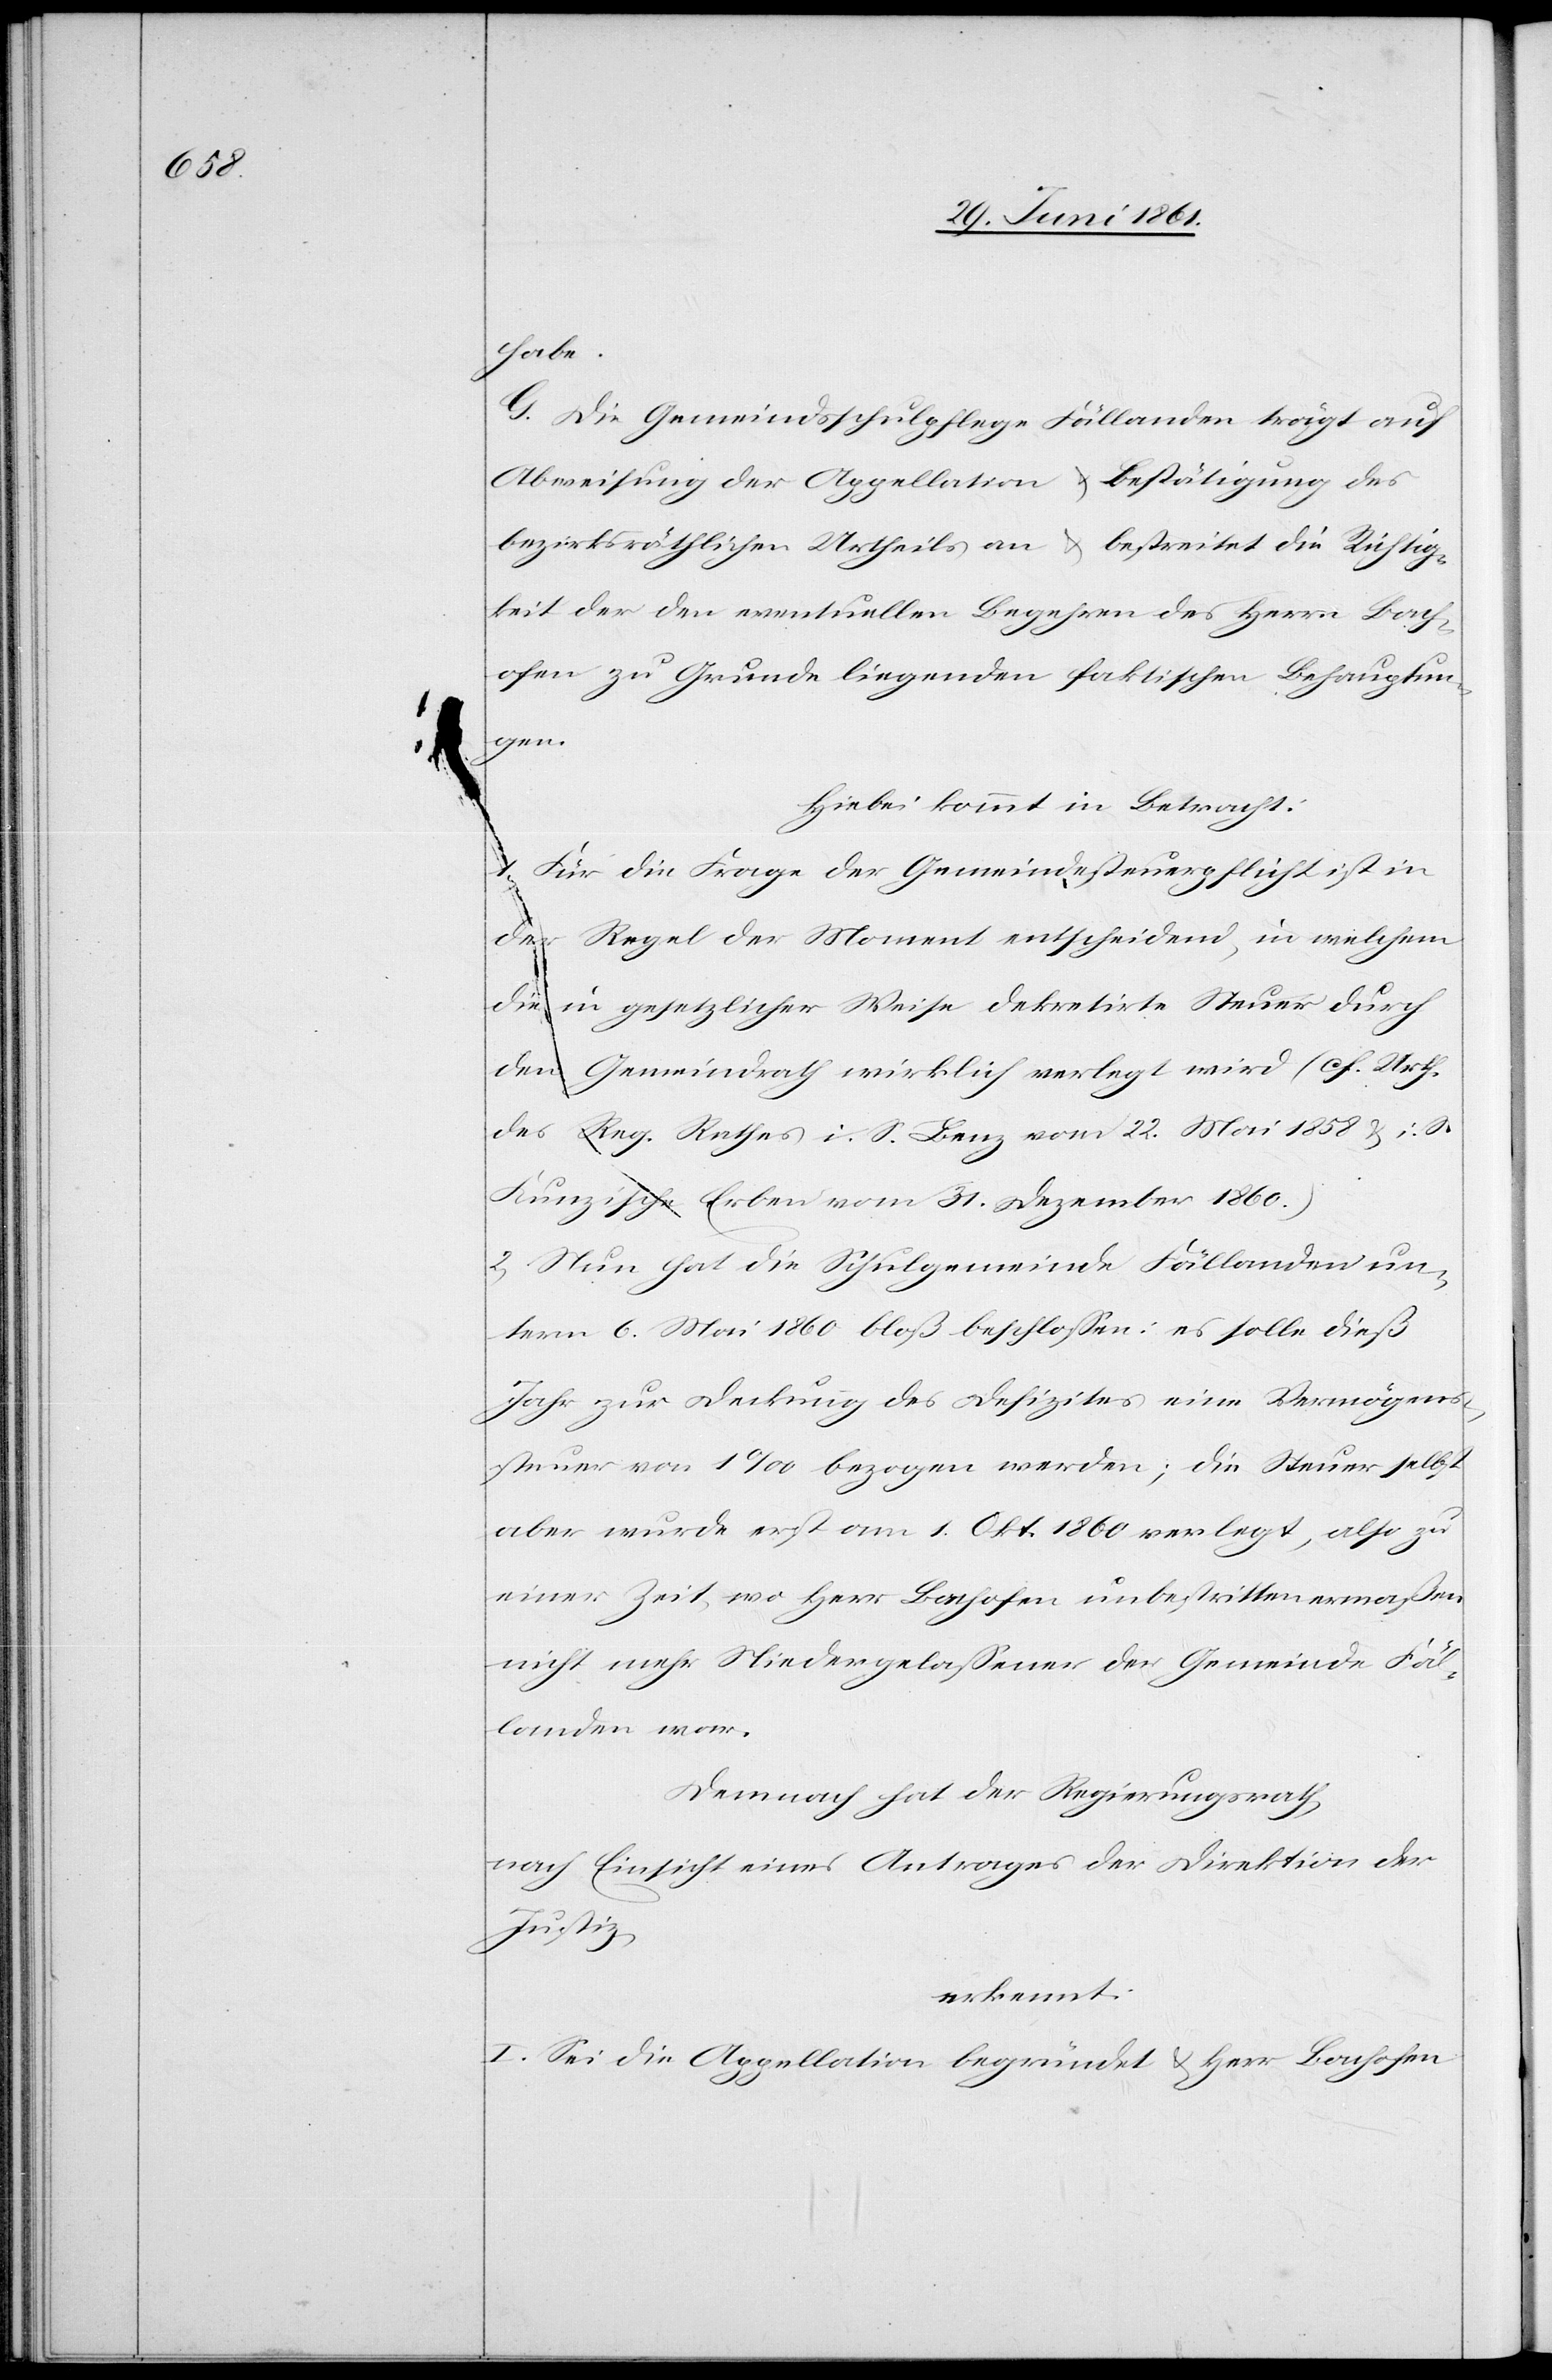
habe.
G. Die Gemeindsschulpflege Fällanden trägt auf
Abweisung der Appellation u. Bestätigung des
bezirksräthlichen Urtheils an u. bestreitet die Richtig¬
keit der den eventuellen Begehren des Herrn Bach¬
ofen zu Grunde liegenden faktischen Behauptun¬
heil
Hiebei kommt in Betracht:
1. Für die Frage der Gemeindesteuerpflicht ist in
der Regel der Moment entscheidend, in welchem
die
in gesetzlicher Weise dekretirte Steuer durch
den Gemeindrath wirklich verlegt wird (s. Urt¬
des Reg. Rathes i. S. Benz vom 22. Mai u. i. S.
Kunzsche Erben vom 31. Dezember 1860.)
2) Nun hat die Schulgemeinde Fällanden un¬
term 6. Mai 1860 bloß beschlossen: es solle dieß
Jahr zur Deckung des Defizites eine Vermögens¬
steuer von 1‰ bezogen werden; die Steuer selbst
aber wurde erst am 1. Okt. 1860 verlegt, also zu
einer Zeit, wo Herr Bachofen unbestrittenermaßen
nicht mehr Niedergelassener der Gemeinde Fäl¬
landen war.
Demnach hat der Regierungsrath,
nach Einsicht eines Antrages der Direktion der
Justiz,
erkennt:
I. Sei die Appellation begründet u. Herr Bachofen